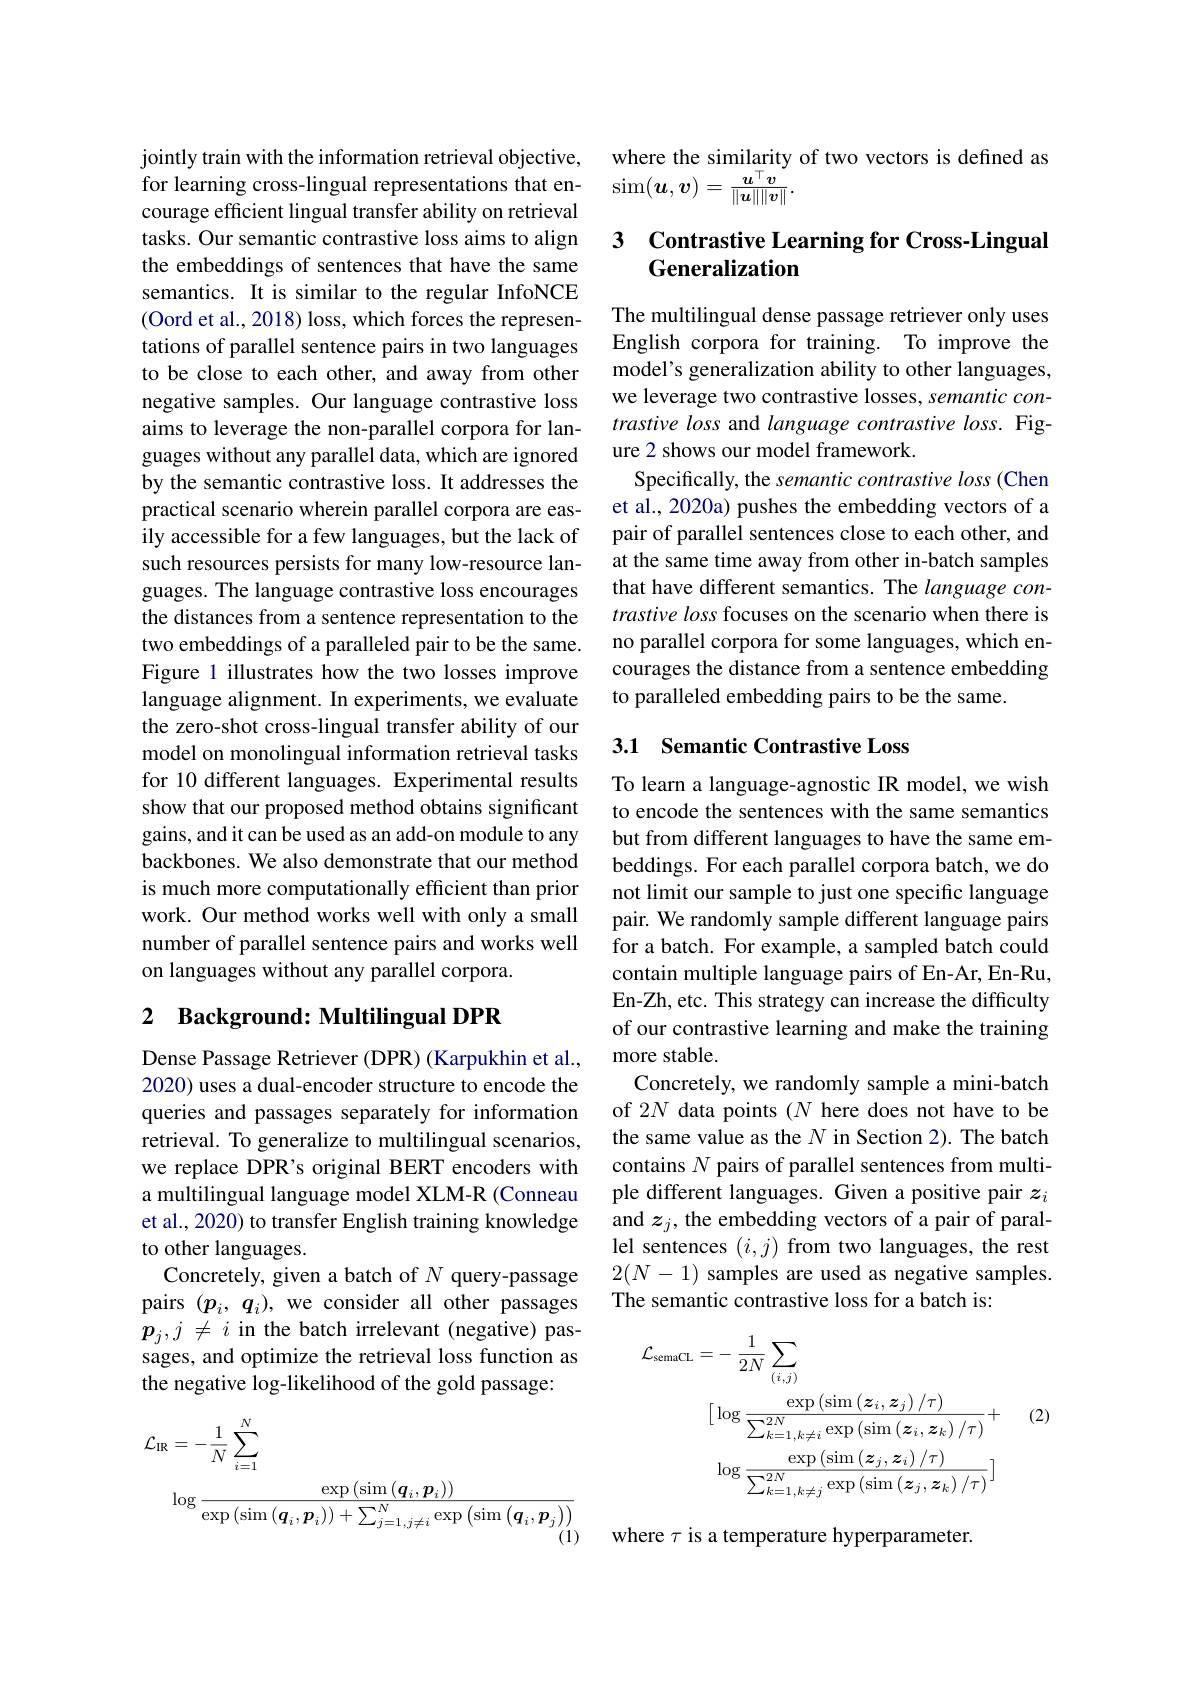
jointly train with the information retrieval objective, courage efficient lingual transfer ability on retrieval tasks. Our semantic contrastive loss aims to align the embeddings of sentences that have the same semantics. It is similar to the regular InfoNCE (Oord et al., 2018) loss, which forces the representations of parallel sentence pairs in two languages to be close to each other, and away from other negative samples. Our language contrastive loss aims to leverage the non-parallel corpora for languages without any parallel data, which are ignored by the semantic contrastive loss. It addresses the practical scenario wherein parallel corpora are easily accessible for a few languages, but the lack of such resources persists for many low-resource languages. The language contrastive loss encourages the distances from a sentence representation to the two embeddings of a paralleled pair to be the same. Figure 1 illustrates how the two losses improve language alignment. In experiments, we evaluate the zero-shot cross-lingual transfer ability of our model on monolingual information retrieval tasks for 10 different languages. Experimental results show that our proposed method obtains significant gains, and it can be used as an add-on module to any backbones. We also demonstrate that our method is much more computationally efficient than prior work. Our method works well with only a small number of parallel sentence pairs and works well on languages without any parallel corpora.

## 2 Background: Multilingual DPR

Dense Passage Retriever (DPR) (Karpukhin et al., 2020) uses a dual-encoder structure to encode the queries and passages separately for information retrieval. To generalize to multilingual scenarios, we replace DPR's original BERT encoders with a multilingual language model XLM-R (Conneau et al., 2020) to transfer English training knowledge to other languages.
Concretely, given a batch of $N$ query-passage pairs $(p_i,q_i)$, we consider all other passages $p_{j},j\neq i$ in the batch irrelevant (negative) passages, and optimize the retrieval loss function as the negative log-likelihood of the gold passage:
$$\begin{aligned}\mathcal{L}_{\mathrm{IR}}&=-\frac{1}{N}\sum_{i=1}^{N}\\&\log\frac{\exp\left(\sin\left(\boldsymbol{q}_{i},\boldsymbol{p}_{i}\right)\right)}{\exp\left(\sin\left(\boldsymbol{q}_{i},\boldsymbol{p}_{i}\right)\right)+\sum_{j=1,j\neq i}^{N}\exp\left(\sin\left(\boldsymbol{q}_{i},\boldsymbol{p}_{j}\right)\right)}\end{aligned}$$
where the similarity of two vectors is defined as
for learning cross-lingual representations that en- sim$(\boldsymbol{u},\boldsymbol{v})=\frac{\boldsymbol{u}^\top\boldsymbol{v}}{\|\boldsymbol{u}\|\|\boldsymbol{v}\|}.$

## 3 Contrastive Learning for Cross-Lingual Generalization

The multilingual dense passage retriever only uses English corpora for training. To improve the model's generalization ability to other languages, we leverage two contrastive losses, semantic contrastive loss and language contrastive loss. Figure 2 shows our model framework.
Specifically, the semantic contrastive loss (Chen et al., 2020a) pushes the embedding vectors of a pair of parallel sentences close to each other, and at the same time away from other in-batch samples that have different semantics. The language contrastive loss focuses on the scenario when there is no parallel corpora for some languages, which encourages the distance from a sentence embedding to paralleled embedding pairs to be the same.

## 3.1 Semantic Contrastive Loss

To learn a language-agnostic IR model, we wish to encode the sentences with the same semantics but from different languages to have the same embeddings. For each parallel corpora batch, we do not limit our sample to just one specific language pair. We randomly sample different language pairs for a batch. For example, a sampled batch could contain multiple language pairs of En-Ar, En-Ru, En-Zh, etc. This strategy can increase the difficulty of our contrastive learning and make the training more stable.
Concretely, we randomly sample a mini-batch of 2N data points $(N$ here does not have to be the same value as the $N$ in Section 2). The batch contains $N$ pairs of parallel sentences from multiple different languages. Given a positive pair $z_i$ and $z_j$, the embedding vectors of a pair of parallel sentences $(i,j)$ from two languages, the rest $2(N-1)$ samples are used as negative samples. The semantic contrastive loss for a batch is:
$$\begin{aligned}\mathcal{L}_{\mathrm{semaCL}}&=-\:\frac{1}{2N}\sum_{(i,j)}\\&[\log\frac{\exp\left(\sin\left(\boldsymbol{z}_{i},\boldsymbol{z}_{j}\right)/\tau\right)}{\sum_{k=1,k\neq i}^{2N}\exp\left(\sin\left(\boldsymbol{z}_{i},\boldsymbol{z}_{k}\right)/\tau\right)}+\\&\log\frac{\exp\left(\sin\left(\boldsymbol{z}_{j},\boldsymbol{z}_{i}\right)/\tau\right)}{\sum_{k=1,k\neq j}^{2N}\exp\left(\sin\left(\boldsymbol{z}_{j},\boldsymbol{z}_{k}\right)/\tau\right)}]\end{aligned}$$
(2)

where $\tau$ is a temperature hyperparameter.